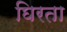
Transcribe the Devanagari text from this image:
घिरता